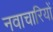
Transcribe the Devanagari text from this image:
नवाचारियों